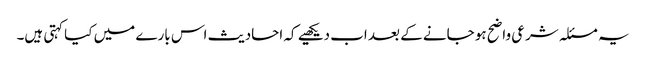
یہ مسئلہ شرعی واضح ہو جانے کے بعد اب دیکھیے کہ احادیث اس بارے میں کیا کہتی ہیں۔